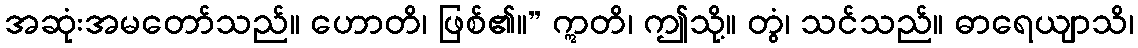
အဆုံးအမတော်သည်။ ဟောတိ၊ ဖြစ်၏။” ဣတိ၊ ဤသို့။ တွံ၊ သင်သည်။ ဓာရေယျာသိ၊